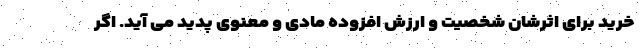
خرید برای اثرشان شخصیت و ارزش افزوده مادی و معنوی پدید می آید. اگر